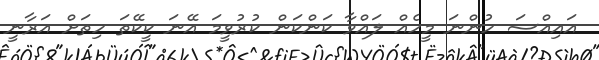
އައިއްސަ ހުންނަ މީހެއް ލައްވާ ކަންކަން ކުރުވީމަ އޭނަ ކީކޭތަ ހިތަށް އަރާނީ